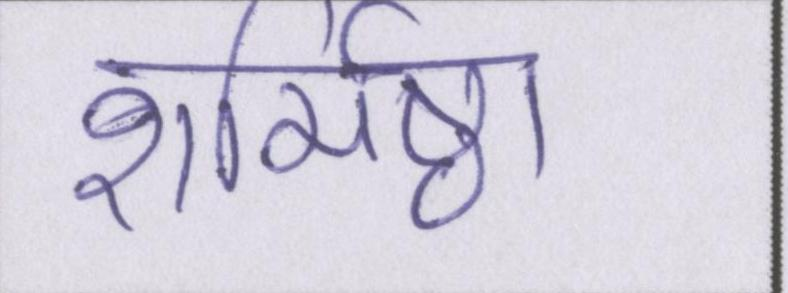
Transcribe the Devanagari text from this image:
शर्मिष्ठा